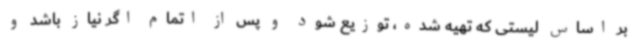
بر اساس لیستی که تهیه شده، توزیع شود و پس از اتمام اگر نیاز باشد و